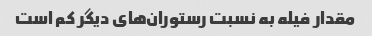
مقدار فیله به نسبت رستوران‌های دیگر کم است